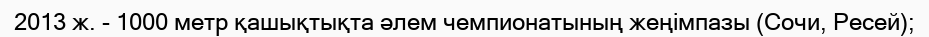
2013 ж. - 1000 метр қашықтықта әлем чемпионатының жеңімпазы (Сочи, Ресей);